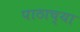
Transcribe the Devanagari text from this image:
पाठाच्या